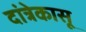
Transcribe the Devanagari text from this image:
दांत्रेकासू